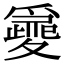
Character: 𡕽